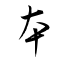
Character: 夲